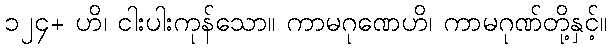
၁၂၄+ ဟိ၊ ငါးပါးကုန်သော။ ကာမဂုဏေဟိ၊ ကာမဂုဏ်တို့နှင့်။